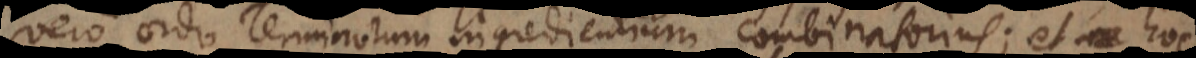
vero ordo Terminorum ingredientium combinatorius; et hoc